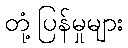
တုံ့ပြန်မှုများ